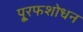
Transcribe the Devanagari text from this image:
पू्रफशोधन